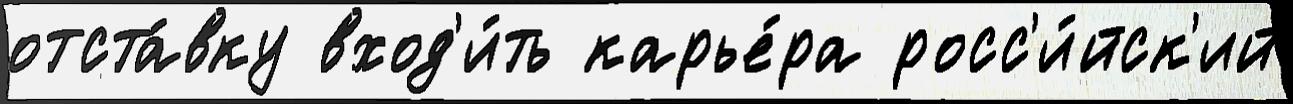
отста́вку вход'и́ть карье́ра росс'и́йск'ий